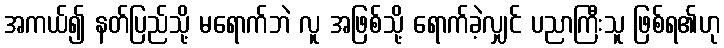
အကယ်၍ နတ်ပြည်သို့ မရောက်ဘဲ လူ အဖြစ်သို့ ရောက်ခဲ့လျှင် ပညာကြီးသူ ဖြစ်ရ၏ဟု